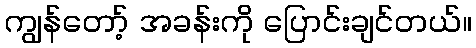
ကျွန်တော့် အခန်းကို ပြောင်းချင်တယ်။